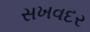
સખવદર